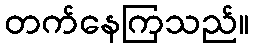
တက်နေကြသည်။